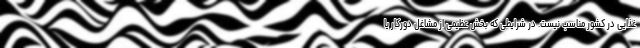
غذایی در کشور مناسب نیست. در شرایطی که بخش عظیمی از مشاغل دورکار یا